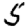
Digit: 5